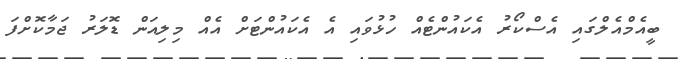
ބީއެމްއެލްގައި އެސްކޯރު އެކައުންޓެއް ހުޅުވައި އެ އެކައުންޓަށް އެއް މިލިއަން ޑޮލަރު ޖަމާކޮށްފަ